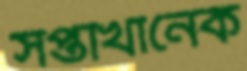
সপ্তাখানেক